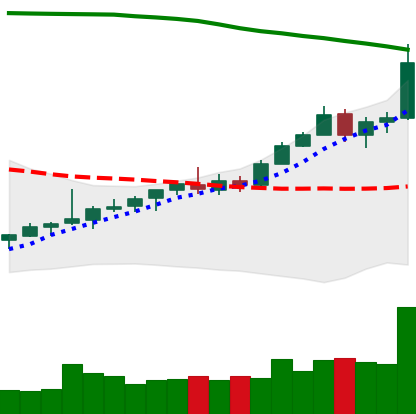
Ticker: TRX-USD
Chart end date: 2021-08-11
Forward return: 7.525%
Label: up_7plus